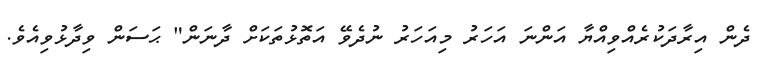
ދެން އިރާދަކުރެއްވިއްޔާ އަންނަ އަހަރު މިއަހަރު ނުދެވޭ އަތޮޅުތަކަށް ދާނަން" ޙަސަން ވިދާޅުވިއެވެ.